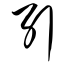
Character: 引